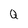
Character: Q